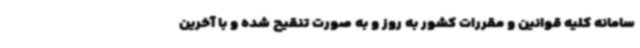
سامانه کلیه قوانین و مقررات کشور به روز و به صورت تنقیح شده و با آخرین